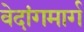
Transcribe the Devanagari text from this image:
वेदांगमार्ग